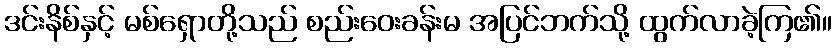
ဒင်းနိစ်နှင့် မစ်ရှောတို့သည် စည်းဝေးခန်းမ အပြင်ဘက်သို့ ထွက်လာခဲ့ကြ၏။